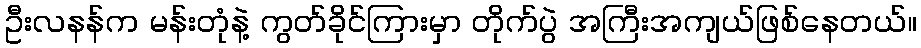
ဦးလနန်က မန်းတုံနဲ့ ကွတ်ခိုင်ကြားမှာ တိုက်ပွဲ အကြီးအကျယ်ဖြစ်နေတယ်။